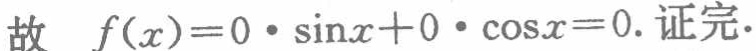
故 \(f(x)=0\cdot\sin x + 0\cdot\cos x = 0.\) 证完.